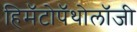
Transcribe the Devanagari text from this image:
हिमॅटोपॅथोलॉजी